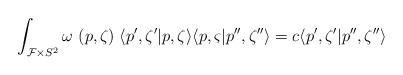
\begin{align*}\int_{{\cal F}\times S^2}\omega \ (p,\zeta )\;\langle p^{\prime},\zeta ^{\prime }|p,\zeta \rangle \langle p,\varsigma |p^{\prime \prime},\zeta ^{\prime \prime }\rangle =c\langle p^{\prime },\zeta ^{\prime}|p^{\prime \prime },\zeta ^{\prime \prime }\rangle\end{align*}